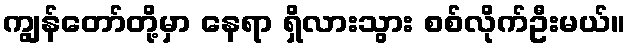
ကျွန်တော်တို့မှာ နေရာ ရှိလားသွား စစ်လိုက်ဦးမယ်။